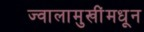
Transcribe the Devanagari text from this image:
ज्वालामुखींमधून